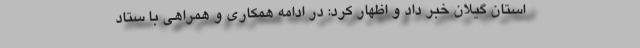
استان گیلان خبر داد و اظهار کرد: در ادامه همکاری و همراهی با ستاد